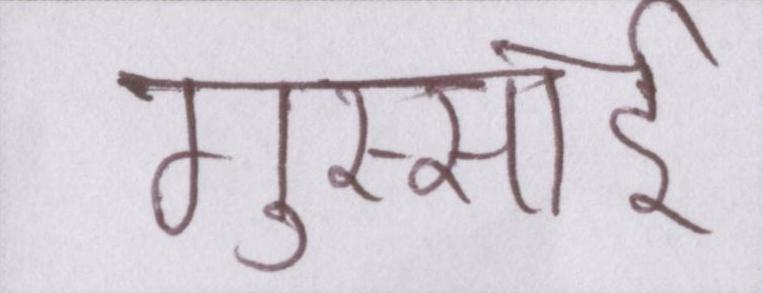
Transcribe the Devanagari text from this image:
गुस्साई